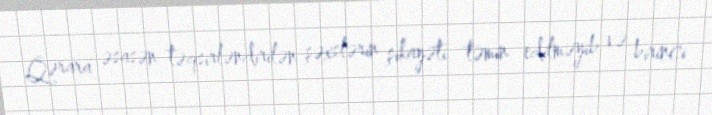
Qərara əsasən təqsirləndirilən şəxslərin şikayəti təmin edilməyib və birinci